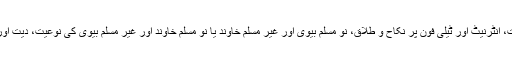
معاشرتی زندگی میں عورتوں کے حقوق، شرعی طلاق کی نوعیت، انٹرنیٹ اور ٹیلی فون پر نکاح و طلاق، نو مسلم بیوی اور غیر مسلم خاوند یا نو مسلم خاوند اور غیر مسلم بیوی کی نوعیت، دیت اور شہادت اور سماجی زندگی سے وابستہ متنوع مسائل درپیش ہیں۔